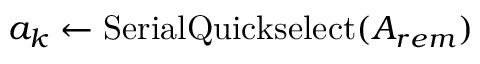
a _ { k } \leftarrow \mathrm { S e r i a l Q u i c k s e l e c t } ( A _ { r e m } )